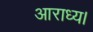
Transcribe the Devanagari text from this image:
आराध्य।